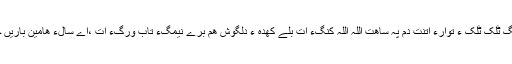
تَسبّی ءِ دانگ ٹِلک ٹلک ءَ توارءَ اِتنت دم پہ ساھت اللہ اللہ کنگءَ اَت بلے کھدہ ءِ دلگوش ھم بَرے نیمگءِ تاب ورگءَ اَت ،اے سالءَ ھامین باریں چوں بیت ؟